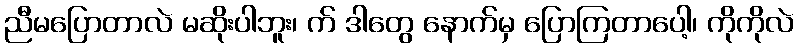
ညီမပြောတာလဲ မဆိုးပါဘူး၊ က် ဒါတွေ နောက်မှ ပြောကြတာပေါ့၊ ကိုကိုလဲ